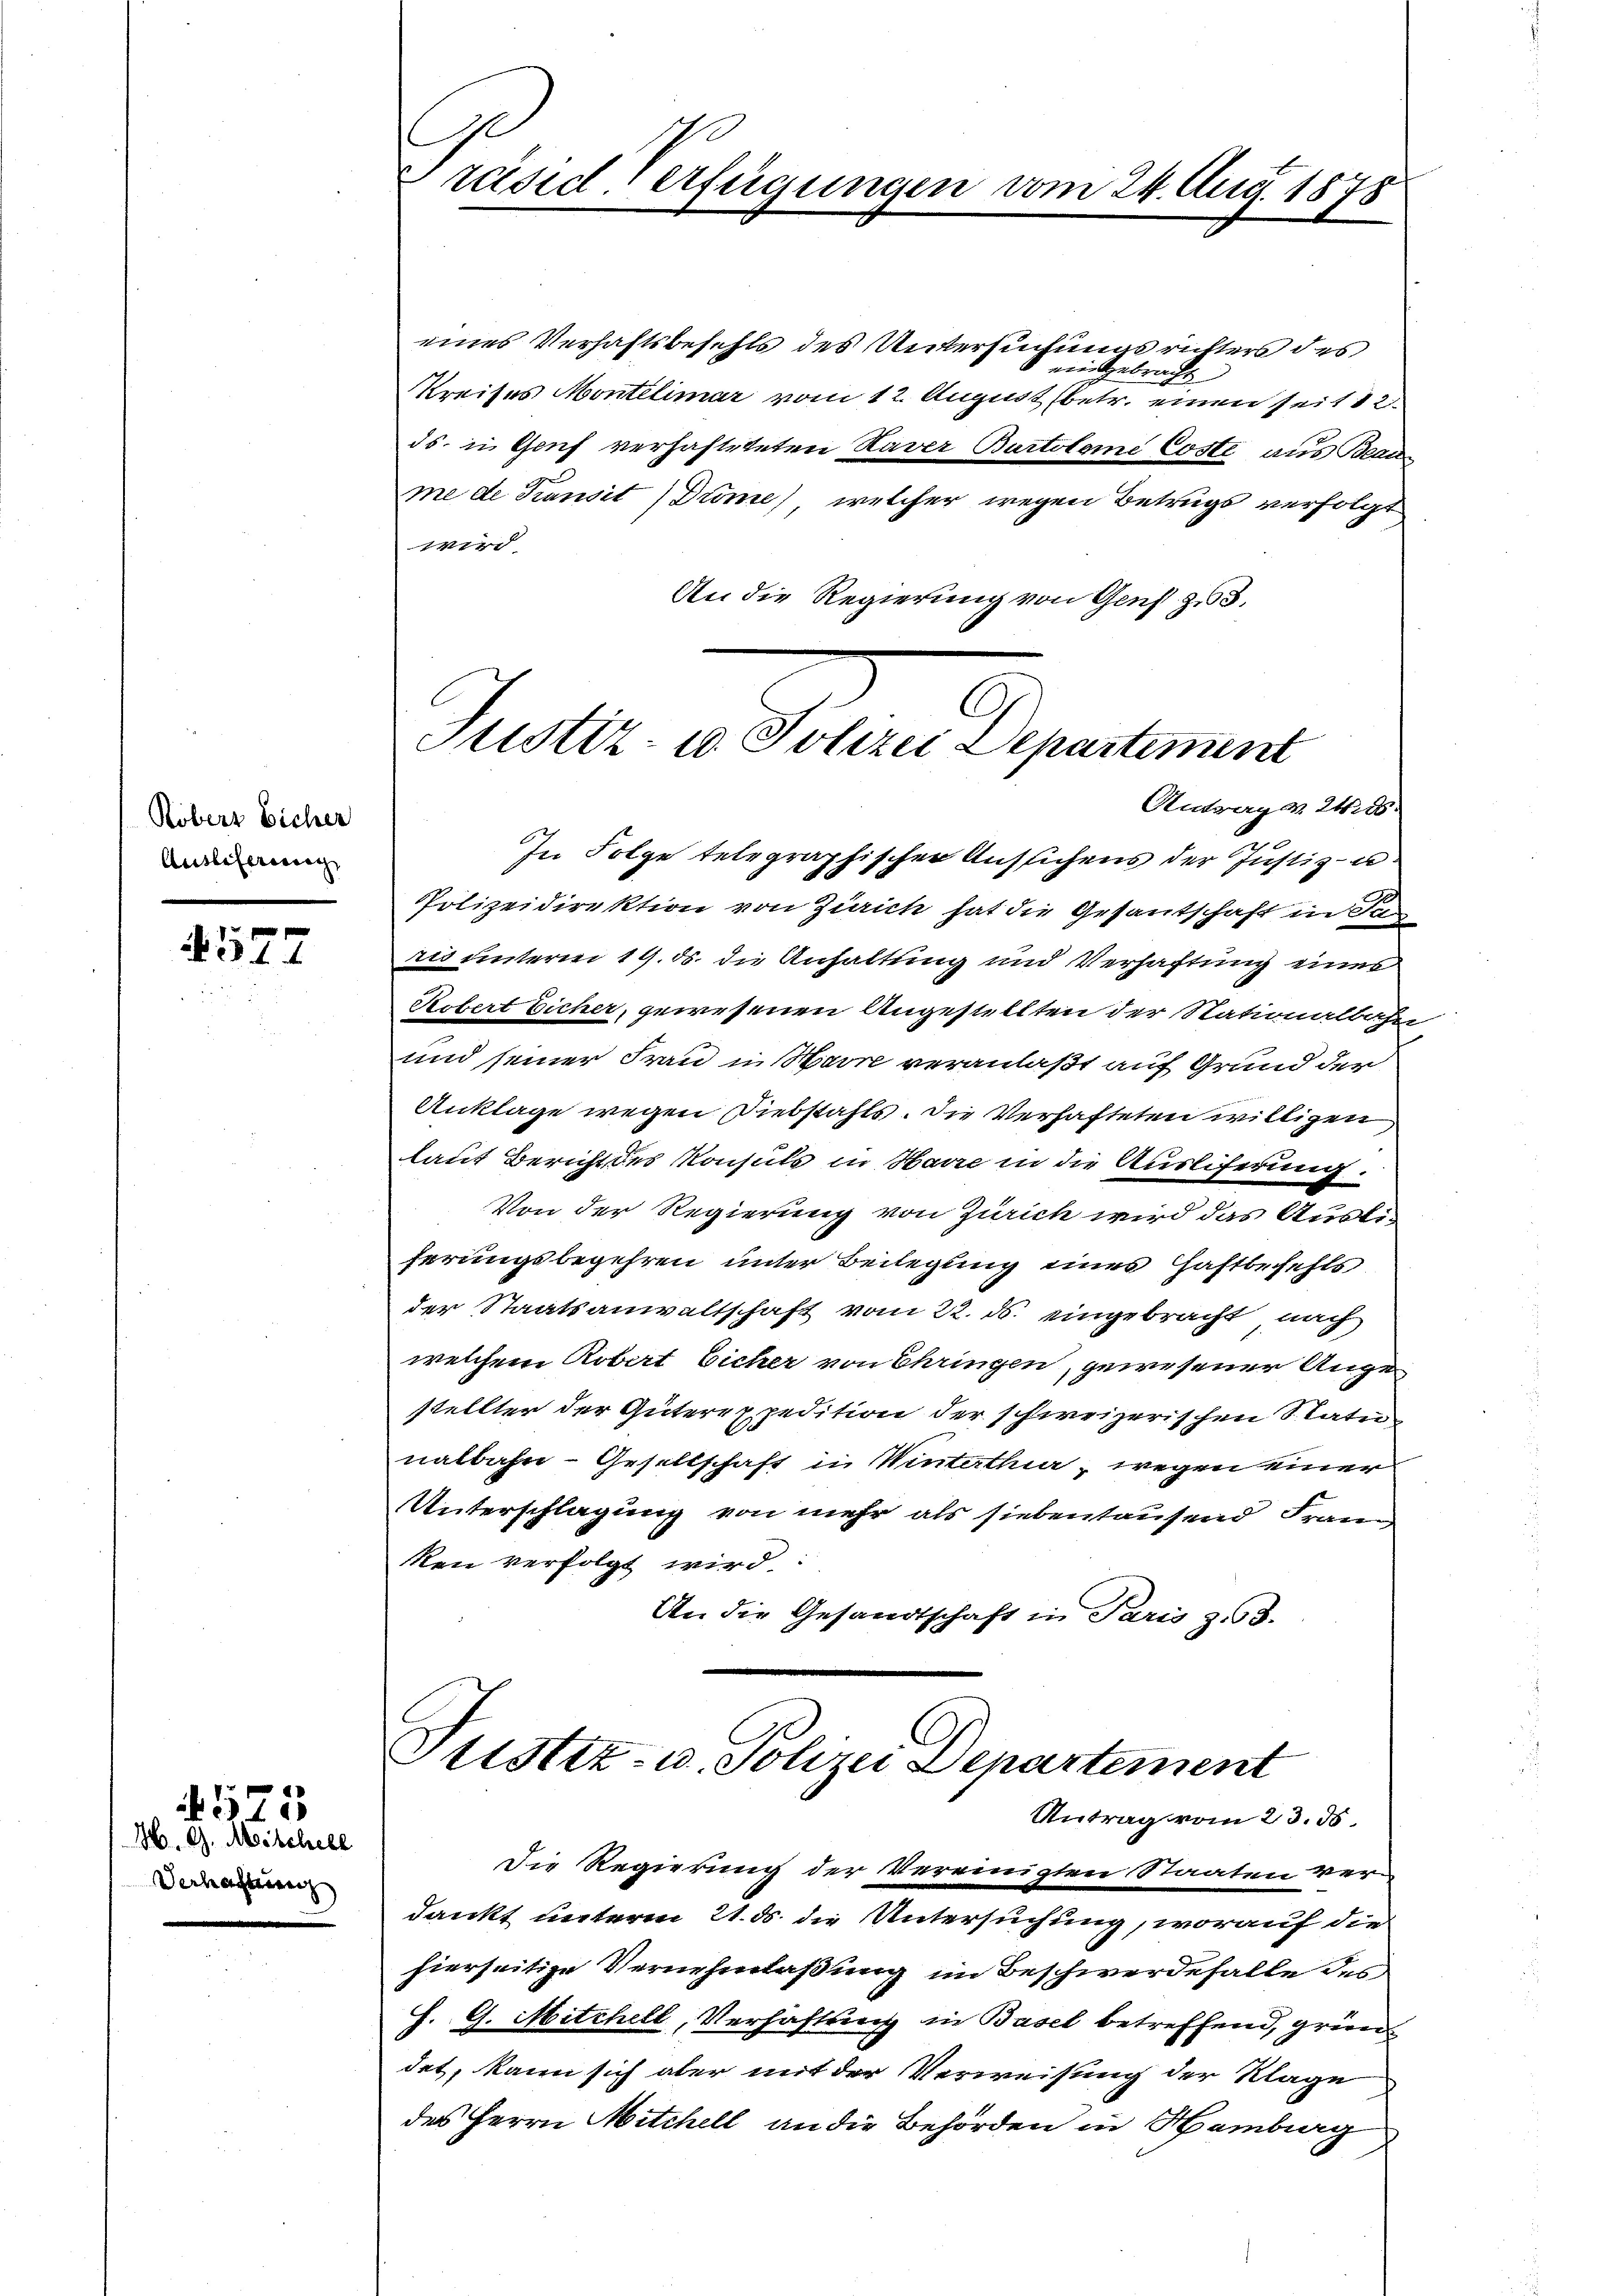
Robers Sicher
Auslieferung

4577

M. G. Mischell
Verhaltung

1

Präsid. Verfügungen vom 24. Aug. 1878

eines Verhaftsbefehls des Untersuchungsrichters des
ein Gebracht
Kreises Montelimar vom 12. August betr. einen seit 12
ds. in Gruf verhafteteten Haver Burtolome Coste aus Brau-
me de Transit (Drme), welcher wegen Betrugs verfolgt
g
An die Regierung von Genf zu 3.

Justiz- u. Polizei Departement
Antrag. 24. 86.

In Folge telegraphischen Aussichens der Justiz- u
Polizeidirektion von Zürich hat die Gesandtschaft in Sa
ris unterm 19. ds. die Anhaltung und Verhaftung einer
Kobert Eicher, gewesenen Angestellten der Stationalbahn
und seiner Frau in Harre veranlaßt auf Grund der
Anklage wegen Diebstahls. Die Verhafteten willigen
laut Bericht des Konsuls in Harre in die Ausliferung.
Von der Regierung von Zürich wird das Ausliserungsbegehren unter Beilegung eines Haftbefehls
der Staatsanwaltschaft vom 22. ds. eingebracht, nach
welchem Robert Eicher von Chringen, gewesener Auge
stellter der Güterexpedition der schweizerischen Statu
nalbahr - Gesellschaft in Winterthur, wegen einer
Unterschlagung von mehr als siebentausend Franz
ken verfolgt wird.
An die Gesandtschaft in Paris z. 58.

Justiz- u. Polizei Departement
Antrag vom 23. ds.
Die Regierung der Vereinigten Staaten ver-

dankt unterm 21. ds. die Untersuchung, worauf die
hierseitige Vernehmlaßung im Beschwerdehalle des
h. G. Mitchell, Verhaftung in Basel betreffend, gründet, kann sich aber mit der Verweisung der Klage
des Herrn Mitchell an die Behörden in Hamburg